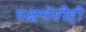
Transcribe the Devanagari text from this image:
पक्षश्रेष्ठीही